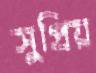
সুপ্রিয়